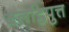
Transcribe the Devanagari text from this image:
बलट्ठिपुत्त